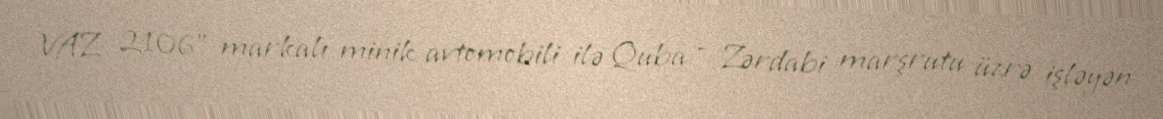
VAZ 2106" markalı minik avtomobili ilə Quba - Zərdabi marşrutu üzrə işləyən